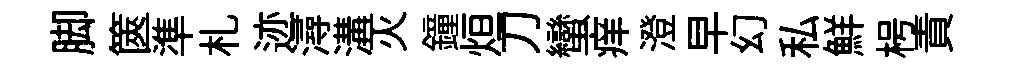
脚篋準札迹潯溝灭鐘烜刀蠻痒澄早幻私鮮枵責